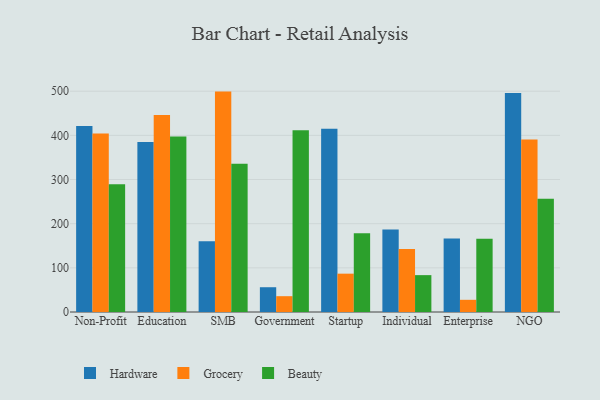
{"axis": {"x": "Segment", "y": "Inventory Turnover"}, "legend": ["Beauty", "Grocery", "Hardware"], "data": [{"x": "Non-Profit", "y": 421.4, "type": "Hardware"}, {"x": "Non-Profit", "y": 404.2, "type": "Grocery"}, {"x": "Non-Profit", "y": 289.3, "type": "Beauty"}, {"x": "Education", "y": 385.0, "type": "Hardware"}, {"x": "Education", "y": 445.9, "type": "Grocery"}, {"x": "Education", "y": 397.3, "type": "Beauty"}, {"x": "SMB", "y": 160.3, "type": "Hardware"}, {"x": "SMB", "y": 499.1, "type": "Grocery"}, {"x": "SMB", "y": 335.8, "type": "Beauty"}, {"x": "Government", "y": 56.1, "type": "Hardware"}, {"x": "Government", "y": 35.8, "type": "Grocery"}, {"x": "Government", "y": 411.5, "type": "Beauty"}, {"x": "Startup", "y": 414.7, "type": "Hardware"}, {"x": "Startup", "y": 86.8, "type": "Grocery"}, {"x": "Startup", "y": 178.2, "type": "Beauty"}, {"x": "Individual", "y": 187.0, "type": "Hardware"}, {"x": "Individual", "y": 142.7, "type": "Grocery"}, {"x": "Individual", "y": 83.5, "type": "Beauty"}, {"x": "Enterprise", "y": 166.5, "type": "Hardware"}, {"x": "Enterprise", "y": 27.6, "type": "Grocery"}, {"x": "Enterprise", "y": 165.7, "type": "Beauty"}, {"x": "NGO", "y": 495.8, "type": "Hardware"}, {"x": "NGO", "y": 390.8, "type": "Grocery"}, {"x": "NGO", "y": 256.2, "type": "Beauty"}]}